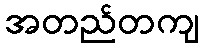
အတည်တကျ